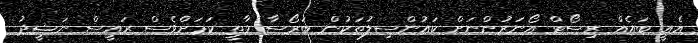
އެއީ ބައެއް ރިސޯޓް އޯނަރުންނަށް ކައުންސިލުތަކުން ބަރޯސާ ވާތީ ކަމަށްވެސް ރައީސް ނަޝީދު